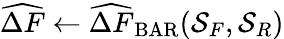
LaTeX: \widehat{\Delta F}\gets\widehat{\Delta F}_{\mathrm{BAR}}(\mathcal{S}_{F},\mathcal{S}_{R})